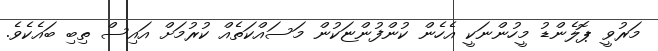
މަރުވީ ޕޮލެންޑު މީހުންނަކީ އެހެން ކުންފުންޏަކުން މަސައްކަތެއް ކުރުމަށް އައިސް ތިބި ބައެކެވެ.